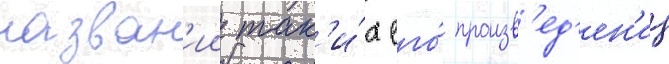
назван'ии так'и́х его́ произв'ед'ен'ии